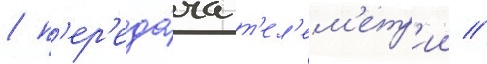
/ п'ер'еда́ча т'ел'ем'етр'ии //